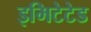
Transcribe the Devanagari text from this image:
इमिटेटेड